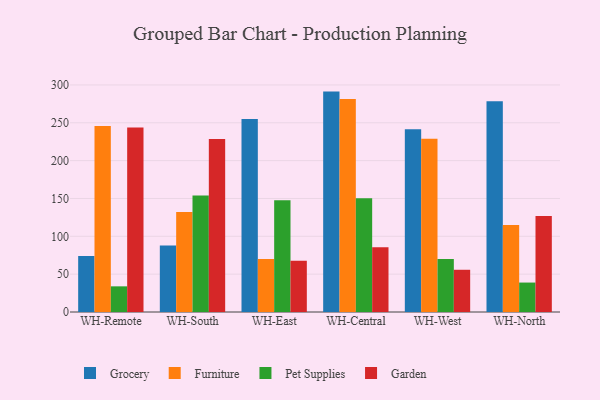
{"axis": {"x": "Warehouse", "y": "Headcount"}, "legend": ["Furniture", "Garden", "Grocery", "Pet Supplies"], "data": [{"x": "WH-Remote", "y": 74.0, "type": "Grocery"}, {"x": "WH-Remote", "y": 245.9, "type": "Furniture"}, {"x": "WH-Remote", "y": 33.9, "type": "Pet Supplies"}, {"x": "WH-Remote", "y": 243.8, "type": "Garden"}, {"x": "WH-South", "y": 87.7, "type": "Grocery"}, {"x": "WH-South", "y": 132.1, "type": "Furniture"}, {"x": "WH-South", "y": 154.0, "type": "Pet Supplies"}, {"x": "WH-South", "y": 228.7, "type": "Garden"}, {"x": "WH-East", "y": 254.9, "type": "Grocery"}, {"x": "WH-East", "y": 69.9, "type": "Furniture"}, {"x": "WH-East", "y": 147.5, "type": "Pet Supplies"}, {"x": "WH-East", "y": 67.6, "type": "Garden"}, {"x": "WH-Central", "y": 291.2, "type": "Grocery"}, {"x": "WH-Central", "y": 281.5, "type": "Furniture"}, {"x": "WH-Central", "y": 150.3, "type": "Pet Supplies"}, {"x": "WH-Central", "y": 85.6, "type": "Garden"}, {"x": "WH-West", "y": 241.6, "type": "Grocery"}, {"x": "WH-West", "y": 228.9, "type": "Furniture"}, {"x": "WH-West", "y": 69.9, "type": "Pet Supplies"}, {"x": "WH-West", "y": 55.8, "type": "Garden"}, {"x": "WH-North", "y": 278.5, "type": "Grocery"}, {"x": "WH-North", "y": 115.0, "type": "Furniture"}, {"x": "WH-North", "y": 38.9, "type": "Pet Supplies"}, {"x": "WH-North", "y": 126.7, "type": "Garden"}]}